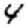
Digit: 4